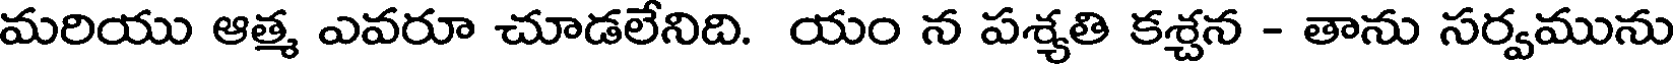
మరియు ఆత్మ ఎవరూ చూడలేనిది. యం న పశ్యతి కశ్చన - తాను సర్వమును